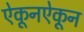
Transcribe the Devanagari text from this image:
ऐकूनऐकून